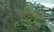
મરોડદાર